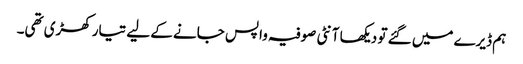
ہم ڈیرے میں گئے تو دیکھا آنٹی صوفیہ واپس جانے کے لیے تیار کھڑی تھی۔